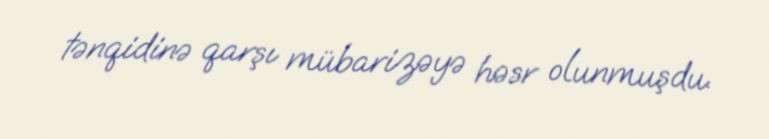
tənqidinə qarşı mübarizəyə həsr olunmuşdu.